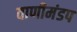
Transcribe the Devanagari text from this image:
वाणीमंडप